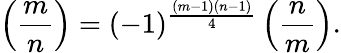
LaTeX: \left({\frac{m}{n}}\right)=(-1)^{\frac{(m-1)(n-1)}{4}}\left({\frac{n}{m}}\right).